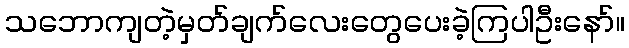
သဘောကျတဲ့မှတ်ချက်လေးတွေပေးခဲ့ကြပါဦးနော်။